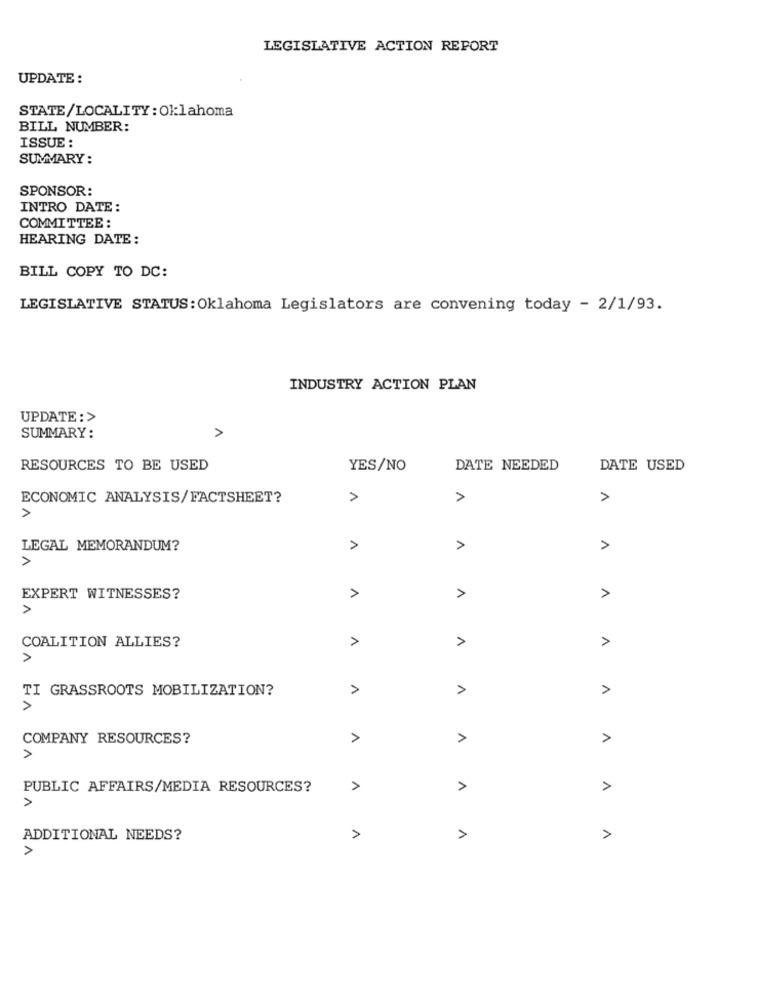
LEGISLATIVE ACTION REPORT
UPDATE :
STATE/LOCALITY: Ok:lahoma
BILL NUMBER:
ISSUE :
SUMMARY:
SPONSOR:
INTRO DATE:
COMMITTEE :
HEARING DATE:
BILL COPY TO DC:
LEGISLATIVE STATUS: Oklahoma Legislators are convening today - 2/1/93.
INDUSTRY ACTION PLAN
UPDATE :>
SUMMARY:
RESOURCES TO BE USED
YES/NO
DATE NEEDED
DATE USED
ECONOMIC ANALYSIS/FACTSHEET?
1
1
>
>
LEGAL MEMORANDUM?
>
>
>
A
EXPERT WITNESSES?
>
1
A
>
COALITION ALLIES?
TI GRASSROOTS MOBILIZATION?
1
COMPANY RESOURCES?
1
>
>
PUBLIC AFFAIRS/MEDIA RESOURCES?
>
A
>
>
ADDITIONAL NEEDS?
>
A